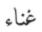
غناء